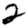
Digit: 2